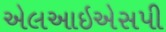
એલઆઇએસપી